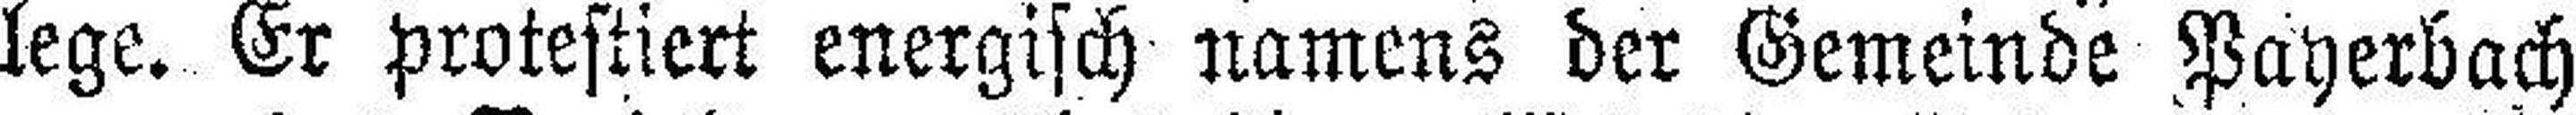
lege. Er protestiert energisch namens der Gemeinde Payerbach